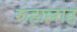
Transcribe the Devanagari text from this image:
रूहाल्लाह